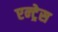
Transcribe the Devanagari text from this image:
एन्ट्रेस